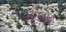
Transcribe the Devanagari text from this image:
२३६५८७२